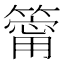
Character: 𥳥